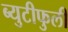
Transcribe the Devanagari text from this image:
ब्युटीफुली